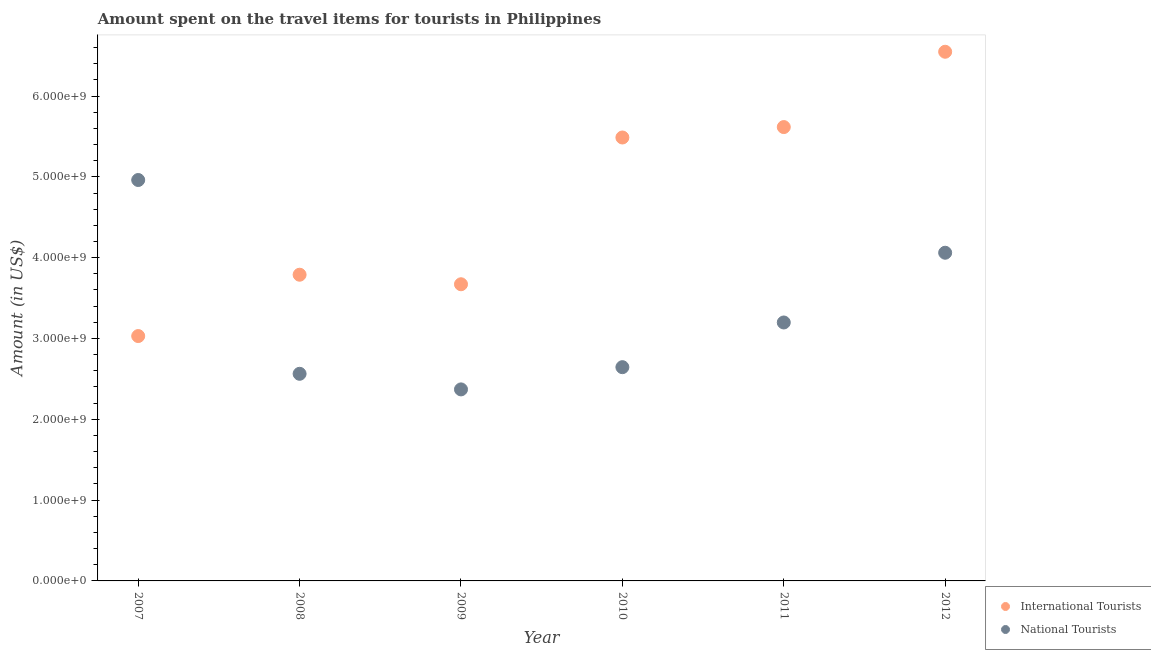
| Year | International Tourists | National Tourists |
 | --- | --- | --- |
 | 2007 | 3.03e+09 | 4.96e+09 |
 | 2008 | 3.79e+09 | 2.56e+09 |
 | 2009 | 3.67e+09 | 2.37e+09 |
 | 2010 | 5.49e+09 | 2.64e+09 |
 | 2011 | 5.62e+09 | 3.2e+09 |
 | 2012 | 6.55e+09 | 4.06e+09 |